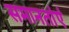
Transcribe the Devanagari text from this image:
समानतांएं